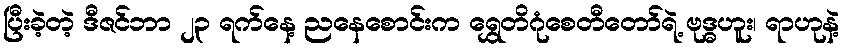
ပြီးခဲ့တဲ့ ဒီဇင်ဘာ ၂၃ ရက်နေ့ ညနေစောင်းက ရွှေတိဂုံစေတီတော်ရဲ့ ဗုဒ္ဓဟူး၊ ရာဟုနဲ့